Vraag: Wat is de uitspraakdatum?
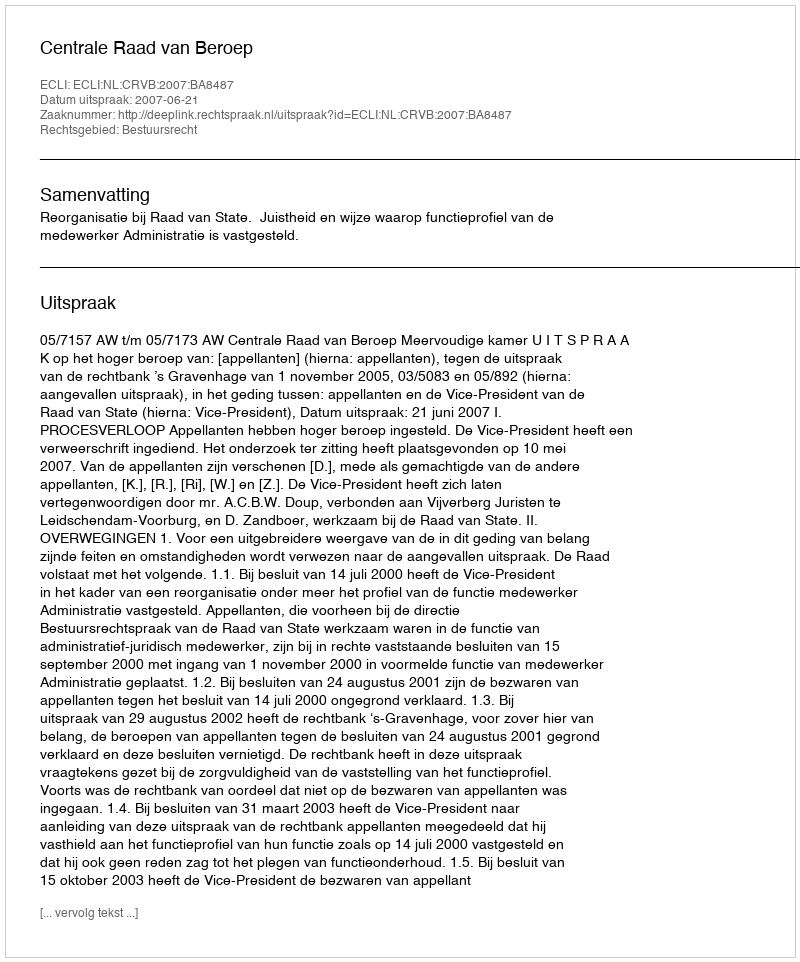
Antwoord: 2007-06-21